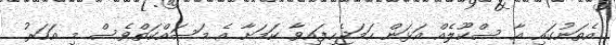
އެތަނުގައި އާ ސްކޫލެއް އަޅަން ހަމަޖެހިފައިވާ ކަމަށާ އެ މަސައްކަތްވެސް މި އަހަރު